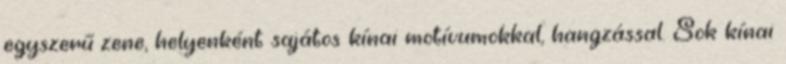
egyszerű zene, helyenként sajátos kínai motívumokkal, hangzással. Sok kínai